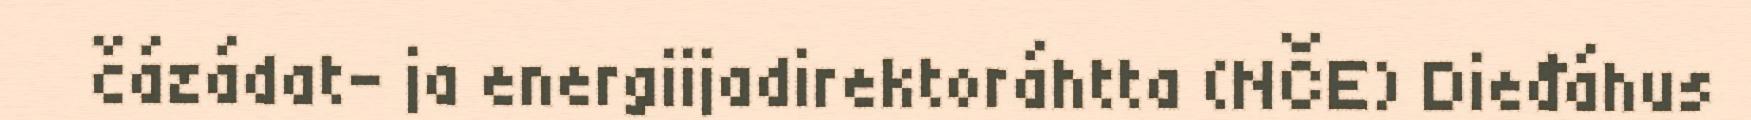
čázádat- ja energiijadirektoráhtta (NČE) Dieđáhus